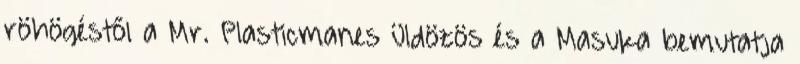
röhögéstől a Mr. Plasticmanes üldözös és a Masuka bemutatja